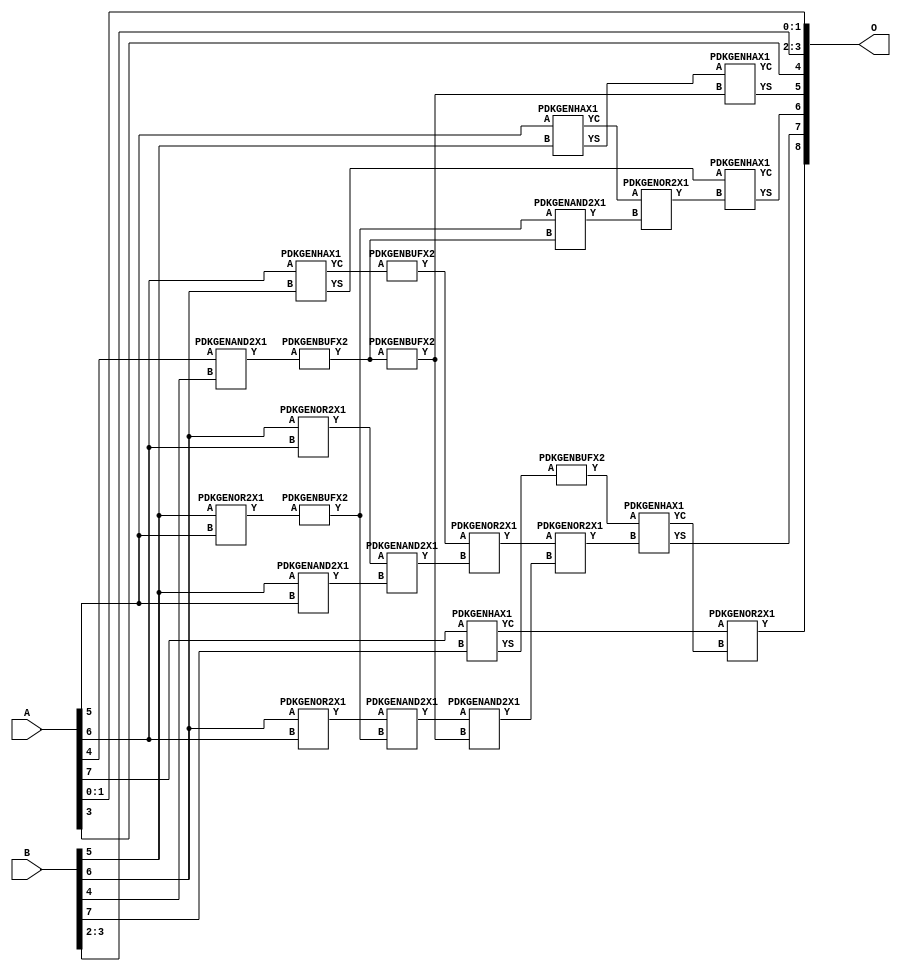
// Library = EvoApprox8b
// Circuit = add8_074
// Area   (180) = 1016
// Delay  (180) = 0.740
// Power  (180) = 294.90
// Area   (45) = 70
// Delay  (45) = 0.330
// Power  (45) = 23.75
// Nodes = 24
// HD = 192640
// MAE = 9.75000
// MSE = 141.50000
// MRE = 5.22 %
// WCE = 23
// WCRE = 100 %
// EP = 96.9 %

module add8_074(A, B, O);
  input [7:0] A;
  input [7:0] B;
  output [8:0] O;
  wire [2031:0] N;

  assign N[0] = A[0];
  assign N[1] = A[0];
  assign N[2] = A[1];
  assign N[3] = A[1];
  assign N[4] = A[2];
  assign N[5] = A[2];
  assign N[6] = A[3];
  assign N[7] = A[3];
  assign N[8] = A[4];
  assign N[9] = A[4];
  assign N[10] = A[5];
  assign N[11] = A[5];
  assign N[12] = A[6];
  assign N[13] = A[6];
  assign N[14] = A[7];
  assign N[15] = A[7];
  assign N[16] = B[0];
  assign N[17] = B[0];
  assign N[18] = B[1];
  assign N[19] = B[1];
  assign N[20] = B[2];
  assign N[21] = B[2];
  assign N[22] = B[3];
  assign N[23] = B[3];
  assign N[24] = B[4];
  assign N[25] = B[4];
  assign N[26] = B[5];
  assign N[27] = B[5];
  assign N[28] = B[6];
  assign N[29] = B[6];
  assign N[30] = B[7];
  assign N[31] = B[7];

  PDKGENOR2X1 n42(.A(N[28]), .B(N[12]), .Y(N[42]));
  assign N[43] = N[42];
  PDKGENOR2X1 n44(.A(N[28]), .B(N[12]), .Y(N[44]));
  assign N[45] = N[44];
  PDKGENAND2X1 n46(.A(N[26]), .B(N[10]), .Y(N[46]));
  PDKGENAND2X1 n68(.A(N[8]), .B(N[24]), .Y(N[68]));
  PDKGENBUFX2 n70(.A(N[68]), .Y(N[70]));
  assign N[71] = N[70];
  PDKGENHAX1 n78(.A(N[10]), .B(N[26]), .YS(N[78]), .YC(N[79]));
  PDKGENHAX1 n86(.A(N[12]), .B(N[28]), .YS(N[86]), .YC(N[87]));
  PDKGENHAX1 n96(.A(N[14]), .B(N[30]), .YS(N[96]), .YC(N[97]));
  PDKGENOR2X1 n134(.A(N[26]), .B(N[10]), .Y(N[134]));
  PDKGENBUFX2 n136(.A(N[134]), .Y(N[136]));
  assign N[137] = N[136];
  PDKGENBUFX2 n142(.A(N[87]), .Y(N[142]));
  assign N[143] = N[142];
  PDKGENBUFX2 n152(.A(N[71]), .Y(N[152]));
  assign N[153] = N[152];
  PDKGENBUFX2 n160(.A(N[96]), .Y(N[160]));
  PDKGENAND2X1 n162(.A(N[43]), .B(N[46]), .Y(N[162]));
  PDKGENAND2X1 n170(.A(N[45]), .B(N[137]), .Y(N[170]));
  PDKGENOR2X1 n180(.A(N[143]), .B(N[162]), .Y(N[180]));
  PDKGENAND2X1 n226(.A(N[136]), .B(N[70]), .Y(N[226]));
  PDKGENOR2X1 n244(.A(N[79]), .B(N[226]), .Y(N[244]));
  assign N[245] = N[244];
  PDKGENAND2X1 n254(.A(N[170]), .B(N[153]), .Y(N[254]));
  PDKGENOR2X1 n272(.A(N[180]), .B(N[254]), .Y(N[272]));
  PDKGENHAX1 n394(.A(N[78]), .B(N[152]), .YS(N[394]), .YC(N[395]));
  PDKGENHAX1 n404(.A(N[86]), .B(N[245]), .YS(N[404]), .YC(N[405]));
  PDKGENHAX1 n412(.A(N[160]), .B(N[272]), .YS(N[412]), .YC(N[413]));
  PDKGENOR2X1 n422(.A(N[97]), .B(N[413]), .Y(N[422]));
  assign N[423] = N[422];

  assign O[0] = N[0];
  assign O[1] = N[2];
  assign O[2] = N[20];
  assign O[3] = N[22];
  assign O[4] = N[6];
  assign O[5] = N[394];
  assign O[6] = N[404];
  assign O[7] = N[412];
  assign O[8] = N[423];

endmodule
/* mod */
module PDKGENHAX1( input A, input B, output YS, output YC );
    assign YS = A ^ B;
    assign YC = A & B;
endmodule
/* mod */
module PDKGENOR2X1(input A, input B, output Y );
     assign Y = A | B;
endmodule
/* mod */
module PDKGENAND2X1(input A, input B, output Y );
     assign Y = A & B;
endmodule
/* mod */
module PDKGENBUFX2(input A, output Y );
     assign Y = A;
endmodule